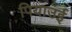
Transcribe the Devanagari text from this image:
पियाउई